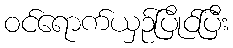
ဝင်ရောက်ယှဉ်ပြိုင်ပြီး